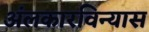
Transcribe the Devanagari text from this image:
अंलकारविन्यास